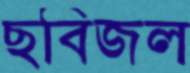
ছবিজল